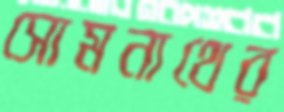
সোমনাথের